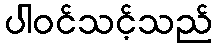
ပါဝင်သင့်သည်